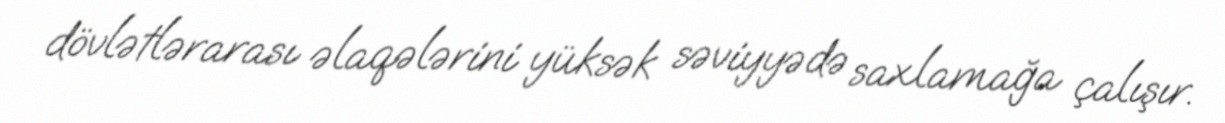
dövlətlərarası əlaqələrini yüksək səviyyədə saxlamağa çalışır.